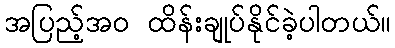
အပြည့်အဝ ထိန်းချုပ်နိုင်ခဲ့ပါတယ်။